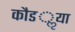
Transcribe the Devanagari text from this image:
कौडॢया